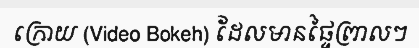
ក្រោយ (Video Bokeh) ដែលមានផ្ទៃព្រាលៗ